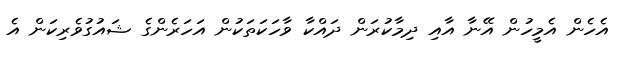
އެހެން އެމީހުން އޭނާ އާއި ދިމާކުރަން ދައްކާ ވާހަކަތަކުން އަހަރެންގެ ޝައުގުވެރިކަން އެ